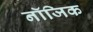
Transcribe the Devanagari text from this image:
नॉजिक